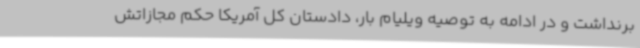
برنداشت و در ادامه به توصیه ویلیام بار، دادستان کل آمریکا حکم مجازاتش